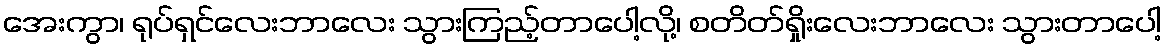
အေးကွာ၊ ရုပ်ရှင်လေးဘာလေး သွားကြည့်တာပေါ့လို့၊ စတိတ်ရှိုးလေးဘာလေး သွားတာပေါ့